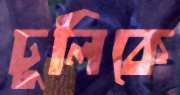
ঢুলিকে